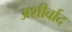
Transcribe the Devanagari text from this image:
अशीर्वाद